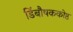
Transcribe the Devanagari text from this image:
डिंबौषककोष्ठ